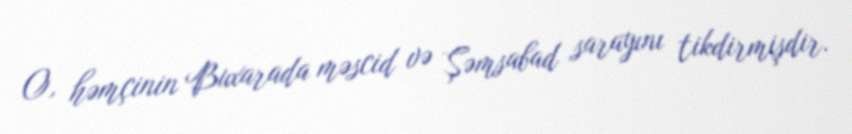
O, həmçinin Buxarada məscid və Şəmsabad sarayını tikdirmişdir.